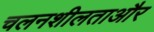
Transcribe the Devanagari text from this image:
चलनशीलताऔर